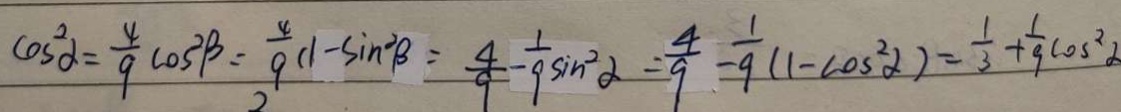
\cos ^ { 2 } \alpha = \frac { 4 } { 9 } \cos ^ { 2 } \beta = \frac { 4 } { 9 } ( 1 - \sin ^ { 2 } \beta ) = \frac { 4 } { 9 } - \frac { 1 } { 9 } \sin ^ { 2 } \alpha = \frac { 4 } { 9 } - \frac { 1 } { 9 } ( 1 - \cos ^ { 2 } \alpha ) = \frac { 1 } { 3 } + \frac { 1 } { 9 } \cos ^ { 2 } \alpha